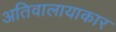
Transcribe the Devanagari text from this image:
अतिवालायाकार